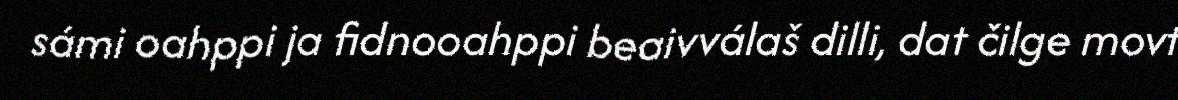
sámi oahppi ja fidnooahppi beaivválaš dilli, dat čilge movt